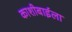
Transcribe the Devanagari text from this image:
काशीबाईला